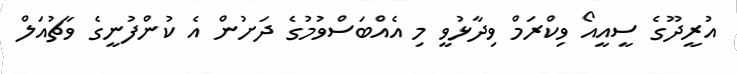
އުރީދޫގެ ސީއީއޯ ވިކްރަމް ވިދާޅުވީ މި އެއްބަސްވުމުގެ ދަށުން އެ ކުންފުނީގެ ވާޗުއަލް